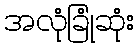
အလုံခြုံဆုံး